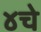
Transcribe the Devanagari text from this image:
४चे